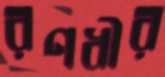
রণধীর